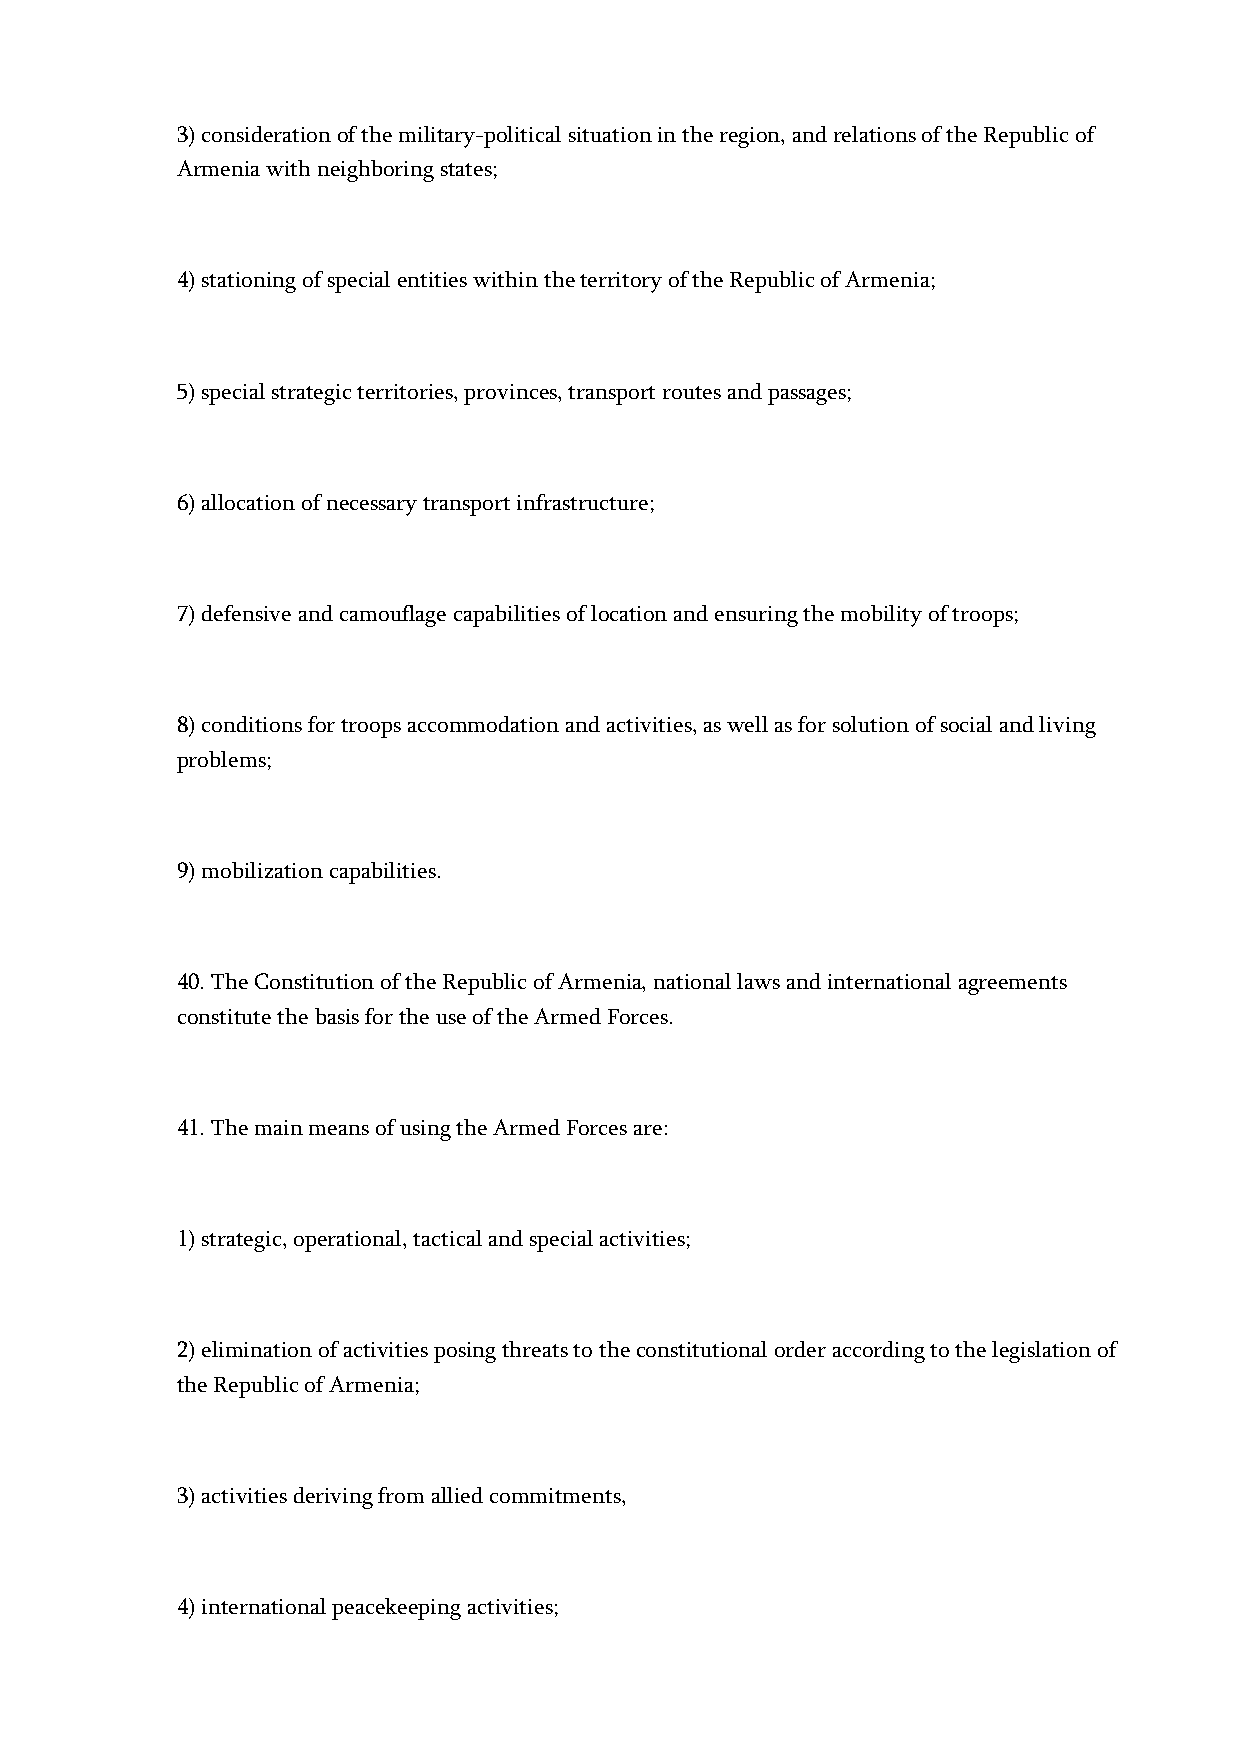
3) consideration of the military-political situation in the region, and relations of the Republic of
 Armenia with neighboring states;
 4) stationing of special entities within the territory of the Republic of Armenia;
 5) special strategic territories, provinces, transport routes and passages;
 6) allocation of necessary transport infrastructure;
 7) defensive and camouflage capabilities of location and ensuring the mobility of troops;
 8) conditions for troops accommodation and activities, as well as for solution of social and living
 problems;
 9) mobilization capabilities.
 40. The Constitution of the Republic of Armenia, national laws and international agreements
 constitute the basis for the use of the Armed Forces.
 41. The main means of using the Armed Forces are:
 1) strategic, operational, tactical and special activities;
 2) elimination of activities posing threats to the constitutional order according to the legislation of
 the Republic of Armenia;
 3) activities deriving from allied commitments,
 4) international peacekeeping activities;